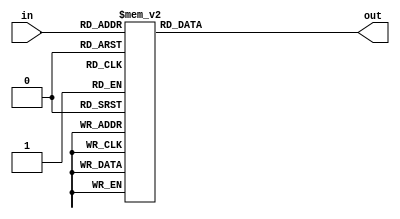
module hex_to_7seg (out, in);

	output [6:0] out;
	input [3:0] in;
	
	reg [6:0] out;
	
	always @ (*)
		case(in)
			4'h0: out = 7'b1000000;
			4'h1: out = 7'b1111001;
			4'h2: out = 7'b0100100;
			4'h3: out = 7'b0110000;
			4'h4: out = 7'b0011001;
			4'h5: out = 7'b0010010;
			4'h6: out = 7'b0000010;
			4'h7: out = 7'b1111000;
			4'h8: out = 7'b0000000;
			4'h9: out = 7'b0011000;
			4'ha: out = 7'b0001000;
			4'hb: out = 7'b0000011;
			4'hc: out = 7'b1000110;
			4'hd: out = 7'b0100001;
			4'he: out = 7'b0000110;
			4'hf: out = 7'b0001110;
		endcase
endmodule